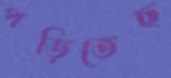
পড়িতেছ